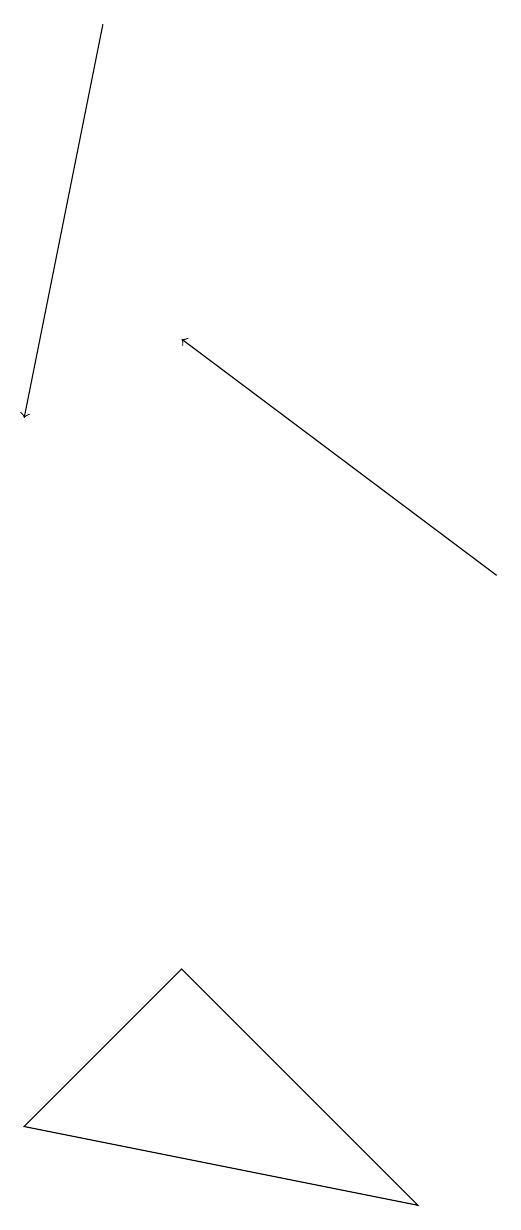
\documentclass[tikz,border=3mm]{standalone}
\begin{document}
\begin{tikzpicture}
\draw[->] (4,19) -- (3,14);
\draw[->] (9,12) -- (5,15);
\draw (8,4) -- (5,7) -- (3,5) -- cycle;
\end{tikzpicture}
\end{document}